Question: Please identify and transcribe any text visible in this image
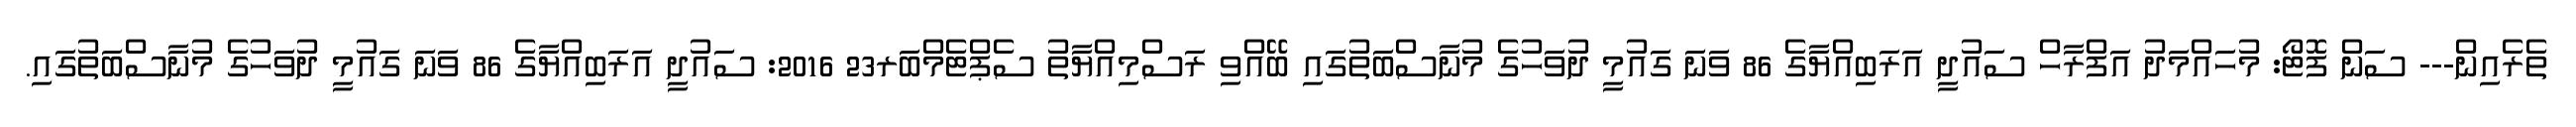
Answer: ތެރެއިން--- ސަން ފޮޓޯ: މުހައްމަދު އަފްރާހް ސައުދީ އަރަބިއްޔާގެ 86 ވަނަ ގައުމީ ދުވަހުގެ މުނާސްބަތުގައި ބޭއްވި ރަސްމިއްޔާތު ސެޕްޓެމްބަރ23 2016: ސައުދީ އަރަބިއްޔާގެ 86 ވަނަ ގައުމީ ދުވަހުގެ މުނާސްބަތުގައި.